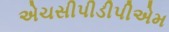
એચસીપીડીપીએમ